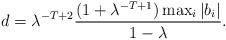
LaTeX: \begin{align*}d=\lambda ^{-T+2}\frac{(1+\lambda ^{-T+1})\max_{i}|b_{i}|}{1-\lambda }.\end{align*}